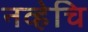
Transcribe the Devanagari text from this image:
नव्हेचि